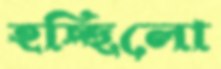
হচ্ছিলো